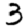
Digit: 3